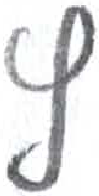
אות: ץ